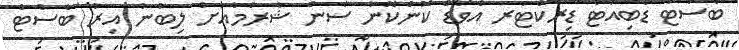
ބެސްޓް ޑެބިއުޓް ޑިރެކްޓަރ އެވޯޑް ކޮންކޮނާ ސެން ޝާރުމާއަށް ލިބުނު އިރު ބެސްޓް